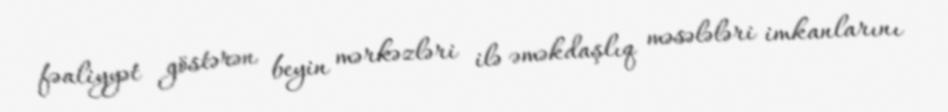
fəaliyyət göstərən beyin mərkəzləri ilə əməkdaşlıq məsələləri imkanlarını